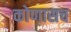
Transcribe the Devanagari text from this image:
कोणासच